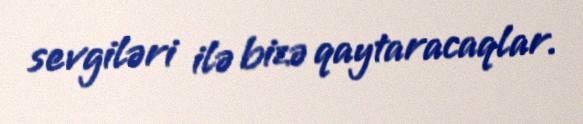
sevgiləri ilə bizə qaytaracaqlar.